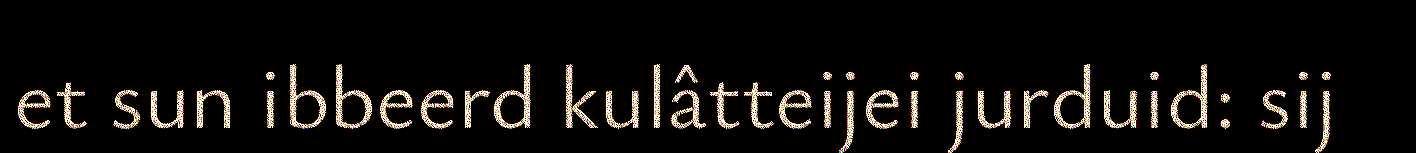
et sun ibbeerd kulâtteijei jurduid: sij